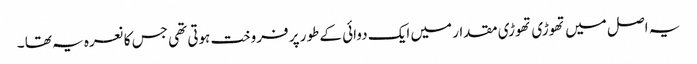
یہ اصل میں تھوڑی تھوڑی مقدار میں ایک دوائی کے طور پر فروخت ہوتی تھی جس کا نعرہ یہ تھا ۔